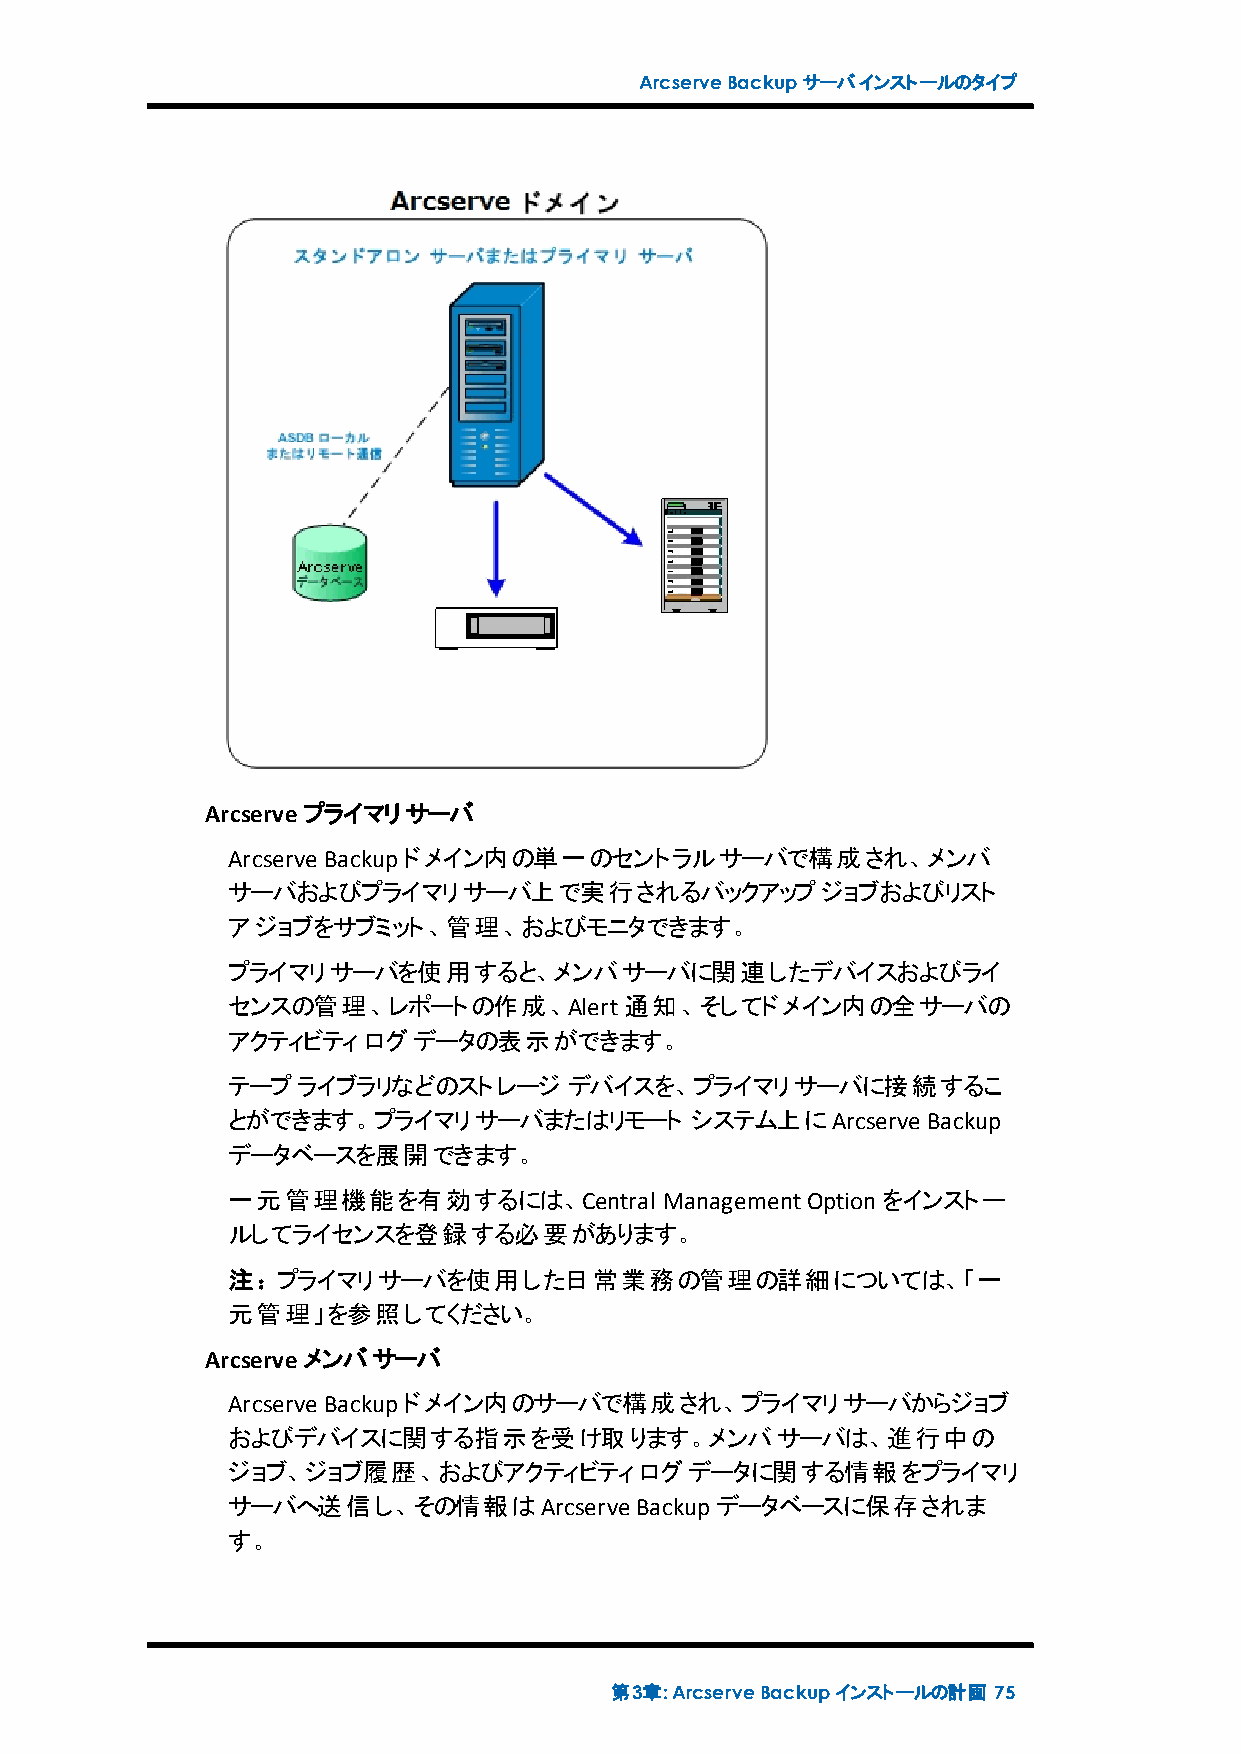
ArcserveBackupサーバインストールのタイプ
 Arcserveプライマリサーバ
 Arcserve Backupドメイン内の単一のセントラルサーバで構成され、メンバ
 サーバおよびプライマリサーバ上で実行されるバックアップジョブおよびリスト
 アジョブをサブミット、管理、およびモニタできます。
 プライマリサーバを使用すると、メンバサーバに関連したデバイスおよびライ
 センスの管理、レポートの作成、Alert通知、そしてドメイン内の全サーバの
 アクティビティログデータの表示ができます。
 テープライブラリなどのストレージ       デバイスを、プライマリサーバに接続するこ
 とができます。プライマリサーバまたはリモート         システム上にArcserve Backup
 データベースを展開できます。
 一元管理機能を有効するには、Central        ManagementOptionをインストー
 ルしてライセンスを登録する必要があります。
 注：プライマリサーバを使用した日常業務の管理の詳細については、「一
 元管理」を参照してください。
 Arcserveメンバサーバ
 Arcserve Backupドメイン内のサーバで構成され、プライマリサーバからジョブ
 およびデバイスに関する指示を受け取ります。メンバサーバは、進行中の
 ジョブ、ジョブ履歴、およびアクティビティログデータに関する情報をプライマリ
 サーバへ送信し、その情報はArcserve      Backupデータベースに保存されま
 す。
 第3章:ArcserveBackupインストールの計画 75